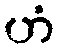
ဟံ